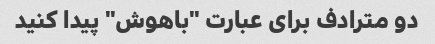
دو مترادف برای عبارت "باهوش" پیدا کنید